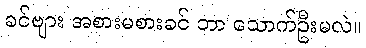
ခင်ဗျား အစားမစားခင် ဘာ သောက်ဦးမလဲ။